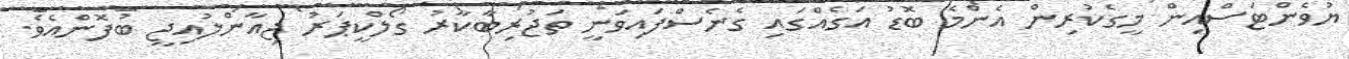
ޔުވެންޓަސްއިން މީގެކުރިން އެންމެ ބޮޑު އަގެއްގައި ގެނެސްފައިވަނީ ތަޖުރިބާކާރު ގޯލްކީޕަރު ޖިއާންލުއިޖީ ބުފޮންއެވެ.